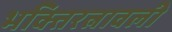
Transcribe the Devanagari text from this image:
भक्तिरत्नावली